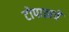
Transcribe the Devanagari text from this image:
टोपाझचे